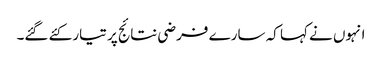
انہوں نے کہا کہ سارے فرضی نتائج پر تیار کئے گئے۔